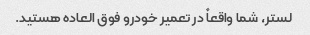
لستر، شما واقعاً در تعمیر خودرو فوق العاده هستید.